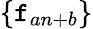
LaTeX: \{ \mathtt{f}_{an+b}\}